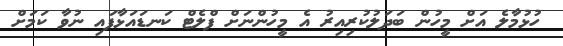
ހުޅުމާލެ އަށް މީހުން ބަދަލުކުރިއިރު އެ މީހުންނަށް ފްލެޓް ކަނޑައަޅާފައި ނުވާ ކަމަށް